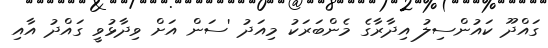
ގައްދޫ ކައުންސިލު އިދާރާގެ މެންބަރަކު މިއަދު 'ސަން އަށް ވިދާޅުވީ ގައްދު އާއި